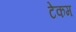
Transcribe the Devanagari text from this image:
टेकम